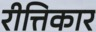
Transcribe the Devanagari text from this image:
रीत्तिकार